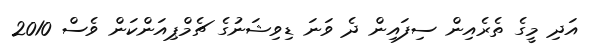
އަދި މީގެ ތެރެއިން ސިފައިން ދެ ވަނަ ޑިވިޝަނުގެ ޗެމްޕިއަންކަން ވެސް 2010